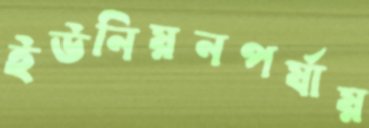
ইউনিয়নপর্যায়